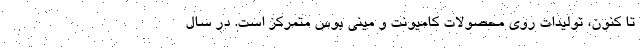
تا کنون، تولیدات روی محصولات کامیونت و مینی بوس متمرکز است. در سال